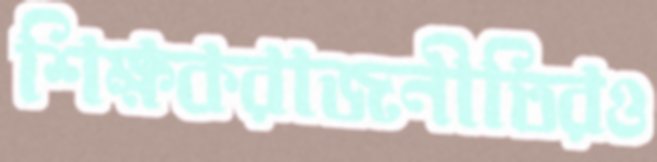
শিক্ষকরাজনীতিরও